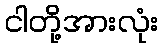
ငါတို့အားလုံး